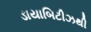
ડાયાબિટીઝથી